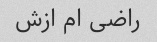
راضی ام ازش